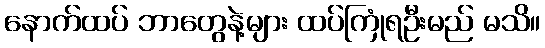
နောက်ထပ် ဘာတွေနဲ့များ ထပ်ကြုံရဦးမည် မသိ။